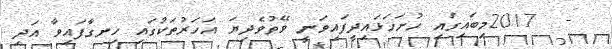
-  2017މިބައިގައި ހުށަހަޅައިދީފައިވަނީ ވޭތުވެދިޔަ އަހަރުތަކުގައި ހިނގާފައިވާ އަދި